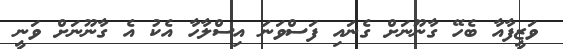
ވަޒީފާއާ ބެހޭ ގާނޫނަށް ގެނައި ފަސްވަނަ އިސްލާހާ އެކު އެ ގާނޫނަށް ވަނީ